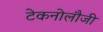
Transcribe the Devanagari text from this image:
टेकनोलौजी